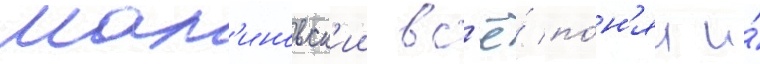
Мал'иновск'ии вс'ё́ по́н'ял и́